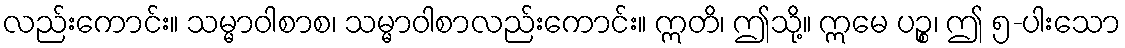
လည်းကောင်း။ သမ္မာဝါစာစ၊ သမ္မာဝါစာလည်းကောင်း။ ဣတိ၊ ဤသို့။ ဣမေ ပဉ္စ၊ ဤ ၅-ပါးသော